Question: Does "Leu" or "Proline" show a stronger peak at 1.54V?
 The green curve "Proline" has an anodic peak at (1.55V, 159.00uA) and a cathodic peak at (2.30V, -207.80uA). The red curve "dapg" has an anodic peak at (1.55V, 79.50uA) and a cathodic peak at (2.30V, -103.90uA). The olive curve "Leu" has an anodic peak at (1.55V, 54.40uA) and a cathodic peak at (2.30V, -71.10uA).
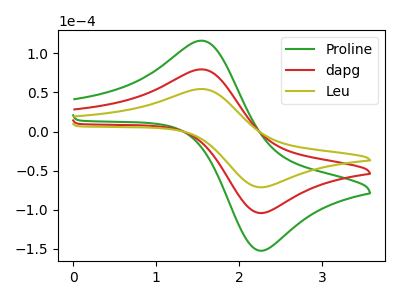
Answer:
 <answer>The peak at 1.54V is lower in "Leu" than in "Proline".</answer>
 <eval>lower</eval>